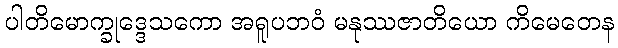
ပါတိမောက္ခုဒ္ဒေသကော အရူပဘဝံ မနုဿဇာတိယော ကိမေတေန